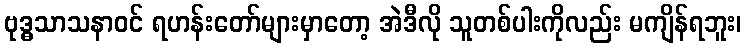
ဗုဒ္ဓသာသနာဝင် ရဟန်းတော်များမှာတော့ အဲဒီလို သူတစ်ပါးကိုလည်း မကျိန်ရဘူး၊